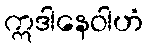
ဣဒါနေဝါဟံ